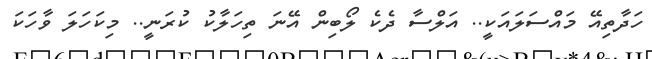
ހަދާތިއޭ މައްސަލައަކީ.. އަލްސާ ދެކެ ލޯބިން އޭނަ ތިހަލާކު ކުރަނީ.. މިކަހަލަ ވާހަކަ